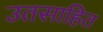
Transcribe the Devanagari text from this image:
उतसाहित